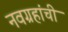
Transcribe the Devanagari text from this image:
नवग्रहांची